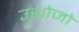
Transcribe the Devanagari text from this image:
उशोजो